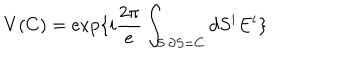
LaTeX: V ( C ) = \exp \{ i \frac { 2 \pi } { e } \int _ { S : \partial S = C } d S ^ { i } E ^ { i } \}